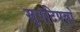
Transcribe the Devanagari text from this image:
सुपटिपन्नो